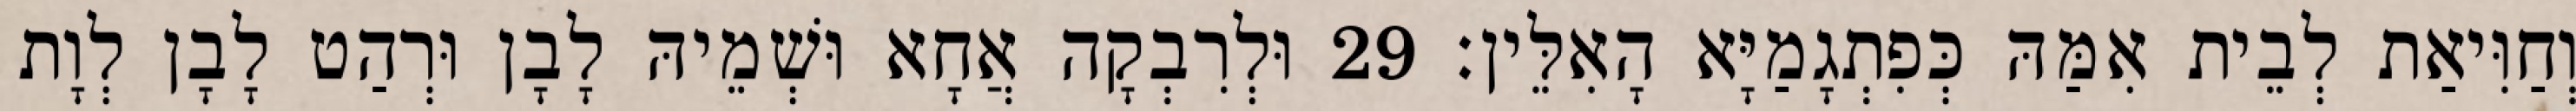
וְחַוִּיאַת לְבֵית אִמַּהּ כְּפִתְגָמַיָּא הָאִלֵּין׃ 29 וּלְרִבְקָה אֲחָא וּשְׁמֵיהּ לָבָן וּרְהַט לָבָן לְוָת